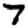
Digit: 7